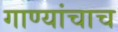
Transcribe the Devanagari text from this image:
गाण्यांचाच